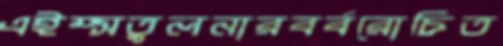
এইম্সতুলনারবর্বরোচিত